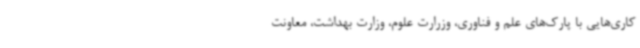
کاری‌هایی با پارک‌های علم و فناوری، وزرارت علوم، وزارت بهداشت، معاونت